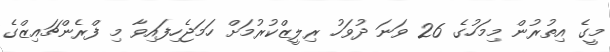
މީގެ އިތުރުން މިމަހުގެ 26 ވަނަ ދުވަހު ރިލީޒްކުރުމަށް ހަމަޖެހިފައިވާ މި ފްރެންޗައިޒްގެ